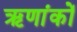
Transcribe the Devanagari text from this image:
ऋणांकों